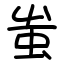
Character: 蚩